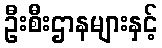
ဦးစီးဌာနများနှင့်